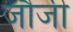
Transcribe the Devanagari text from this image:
जौजी